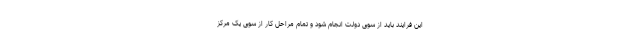
این فرایند باید از سوی دولت انجام شود و تمام مراحل کار از سوی یک مرکز